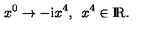
x ^ { 0 } \to - \mathrm { i } x ^ { 4 } , \enspace x ^ { 4 } \in \mathrm { I \! R } .